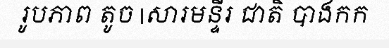
រូបភាព តូច |សារមន្ទីរ ជាតិ បាងកក